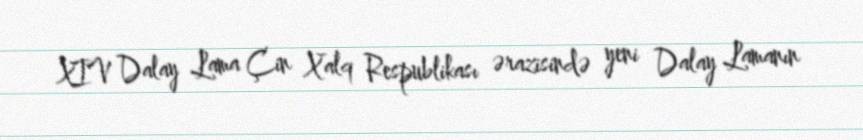
XIV Dalay Lama Çin Xalq Respublikası ərazisində yeni Dalay Lamanın